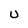
Character: U